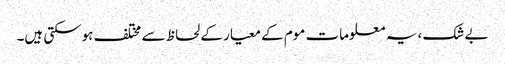
بے شک ، یہ معلومات موم کے معیار کے لحاظ سے مختلف ہوسکتی ہیں۔